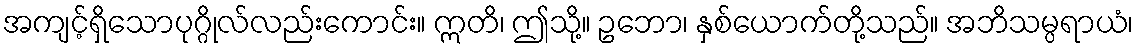
အကျင့်ရှိသောပုဂ္ဂိုလ်လည်းကောင်း။ ဣတိ၊ ဤသို့။ ဥဘော၊ နှစ်ယောက်တို့သည်။ အဘိသမ္ပရာယံ၊